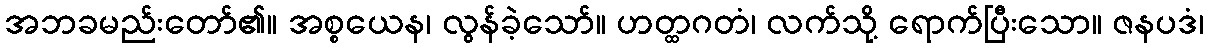
အဘခမည်းတော်၏။ အစ္စယေန၊ လွန်ခဲ့သော်။ ဟတ္ထဂတံ၊ လက်သို့ ရောက်ပြီးသော။ ဇနပဒံ၊